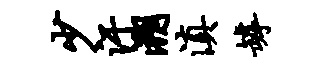
少汗溯滇罅